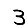
Digit: 3